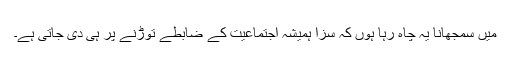
میں سمجھانا یہ چاہ رہا ہوں کہ سزا ہمیشہ اجتماعیت کے ضابطے توڑنے پر ہی دی جاتی ہے۔